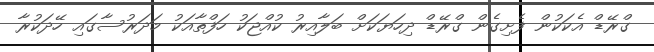
ގްރޭޑް އެކަކުން ފެށިގެން ގްރޭޑް ދިހަޔަކަށް ބަލާއިރު ކުއްޖަކު ހަފްތާއަކު މަދަރުސާގައި ހޭދަކުރާ